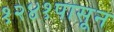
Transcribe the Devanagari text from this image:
१२४१पासून